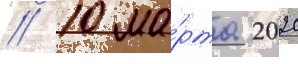
// 10 ма́рта 2020